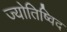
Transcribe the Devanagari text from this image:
ज्योतिष्विद